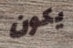
يكون